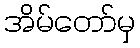
အိမ်တော်မှ